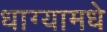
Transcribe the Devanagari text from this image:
धाग्यामधे